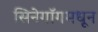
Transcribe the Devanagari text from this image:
सिनेगॉगमधून